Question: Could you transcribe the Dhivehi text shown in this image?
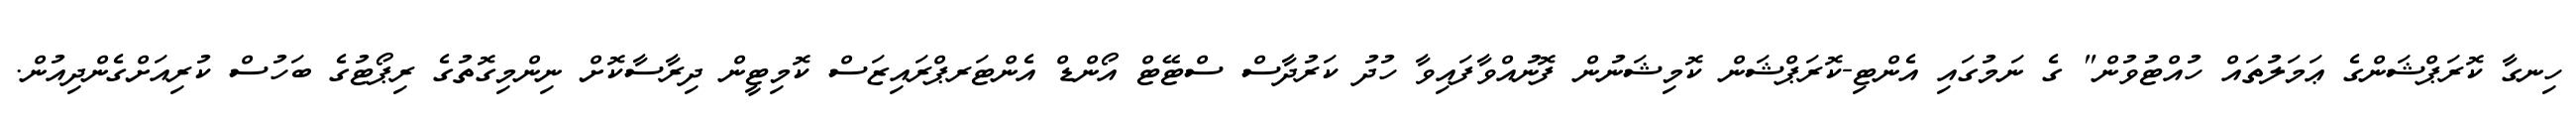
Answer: ހިނގާ ކޮރަޕްޝަންގެ ޢަމަލުތައް ހުއްޓުވުން" ގެ ނަމުގައި އެންޓި-ކޮރަޕްޝަން ކޮމިޝަނުން ފޮނުއްވާފައިވާ ހުދު ކަރުދާސް ސްޓޭޓް އޯންޑް އެންޓަރޕްރައިޒަސް ކޮމިޓީން ދިރާސާކޮށް ނިންމިގޮތުގެ ރިޕޯޓުގެ ބަހުސް ކުރިއަށްގެންދިއުން.